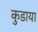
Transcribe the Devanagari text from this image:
कुडाया